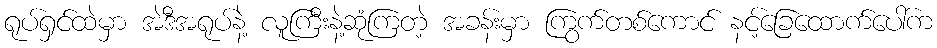
ရုပ်ရှင်ထဲမှာ အဲဒီအရုပ်နဲ့ လူကြီးနဲ့ဆုံကြတဲ့ အခန်းမှာ ကြွက်တစ်ကောင် နင့်ခြေထောက်ပေါ်က